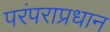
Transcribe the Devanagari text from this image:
परंपराप्रधान